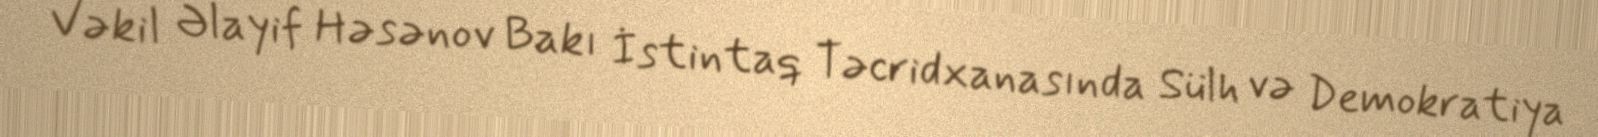
Vəkil Əlayif Həsənov Bakı İstintaq Təcridxanasında Sülh və Demokratiya